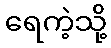
ရေကဲ့သို့